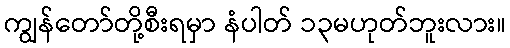
ကျွန်တော်တို့စီးရမှာ နံပါတ် ၁၃မဟုတ်ဘူးလား။